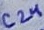
Text: C24